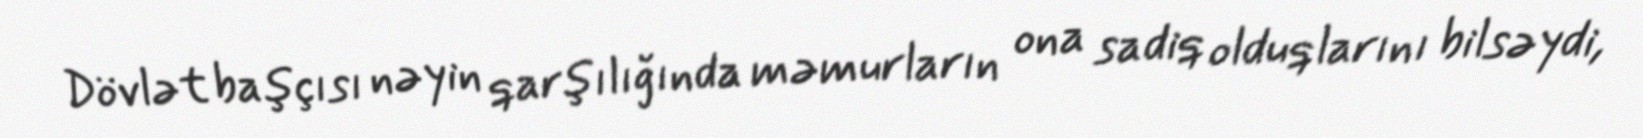
Dövlət başçısı nəyin qarşılığında məmurların ona sadiq olduqlarını bilsəydi,